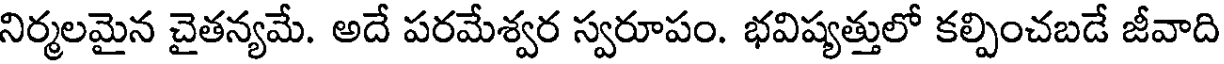
నిర్మలమైన చైతన్యమే. అదే పరమేశ్వర స్వరూపం. భవిష్యత్తులో కల్పించబడే జీవాది